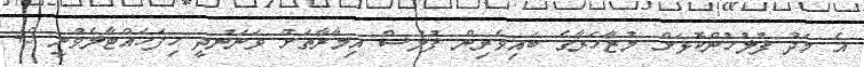
އެ މަދު ފުލުހުންކޮޅަށް މުޒާހަރާގެ ބައިވެރިން ފުލުސް އިމާރާތަށް ވަނަނުދީ ހިފަހައްޓާލެވުނީ 45